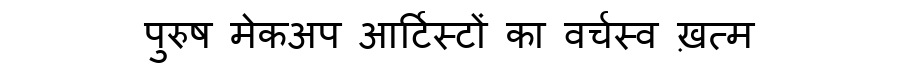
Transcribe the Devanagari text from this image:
पुरुष मेकअप आर्टिस्टों का वर्चस्व ख़त्म